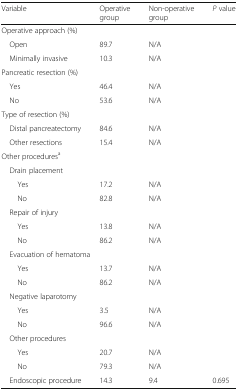
<table><thead><tr><td><b>Variable</b></td><td><b>Operative group</b></td><td><b>Non-operative group</b></td><td><b><i>P</i> value</b></td></tr></thead><tbody><tr><td colspan="4">Operative approach (%)</td></tr><tr><td> Open</td><td>89.7</td><td>N/A</td><td></td></tr><tr><td> Minimally invasive</td><td>10.3</td><td>N/A</td><td></td></tr><tr><td colspan="4">Pancreatic resection (%)</td></tr><tr><td> Yes</td><td>46.4</td><td>N/A</td><td></td></tr><tr><td> No</td><td>53.6</td><td>N/A</td><td></td></tr><tr><td colspan="4">Type of resection (%)</td></tr><tr><td> Distal pancreatectomy</td><td>84.6</td><td>N/A</td><td></td></tr><tr><td> Other resections</td><td>15.4</td><td>N/A</td><td></td></tr><tr><td colspan="4">Other procedures<sup>a</sup></td></tr><tr><td colspan="4"> Drain placement</td></tr><tr><td>Yes</td><td>17.2</td><td>N/A</td><td></td></tr><tr><td>No</td><td>82.8</td><td>N/A</td><td></td></tr><tr><td colspan="4"> Repair of injury</td></tr><tr><td>Yes</td><td>13.8</td><td>N/A</td><td></td></tr><tr><td>No</td><td>86.2</td><td>N/A</td><td></td></tr><tr><td colspan="4"> Evacuation of hematoma</td></tr><tr><td>Yes</td><td>13.7</td><td>N/A</td><td></td></tr><tr><td>No</td><td>86.2</td><td>N/A</td><td></td></tr><tr><td colspan="4"> Negative laparotomy</td></tr><tr><td>Yes</td><td>3.5</td><td>N/A</td><td></td></tr><tr><td>No</td><td>96.6</td><td>N/A</td><td></td></tr><tr><td colspan="4"> Other procedures</td></tr><tr><td>Yes</td><td>20.7</td><td>N/A</td><td></td></tr><tr><td>No</td><td>79.3</td><td>N/A</td><td></td></tr><tr><td> Endoscopic procedure</td><td>14.3</td><td>9.4</td><td>0.695</td></tr></tbody></table>